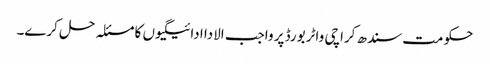
حکومت سندھ کراچی واٹر بورڈ پر واجب الادا ادائیگیوں کا مسئلہ حل کرے۔